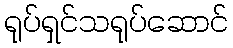
ရုပ်ရှင်သရုပ်ဆောင်